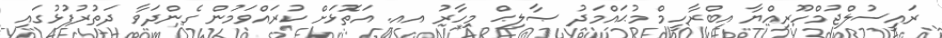
ރައީސުލްޖުމްހޫރިއްޔާ އިބްރާހީމް މުޙައްމަދު ޞާލިޙް މިހާރު އއ. އަތޮޅަށް ކުރައްވަމުން ގެންދަވާ ދަތުރުފުޅުގައި